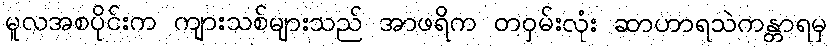
မူလအစပိုင်းက ကျားသစ်များသည် အာဖရိက တဝှမ်းလုံး ဆာဟာရသဲကန္တာရမှ